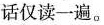
话仅读一遍。